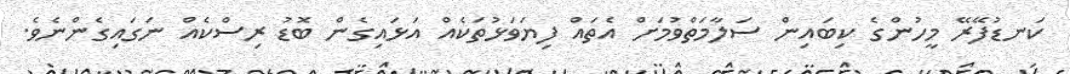
ކަނޑުފޭރޭ މީހުންގެ ކިބައިން ސަލާމަތްވުމަށް އެތައް ފިޔަވަޅުތަކެއް އަޅައިގެން ބޮޑު ރިސްކެއް ނަގައިގެންނެވެ.